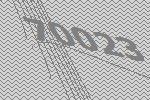
70023